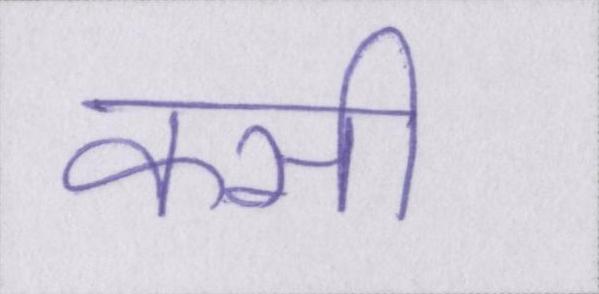
कसी